Burma Government Medical School reports 1923-41
Year: 1923
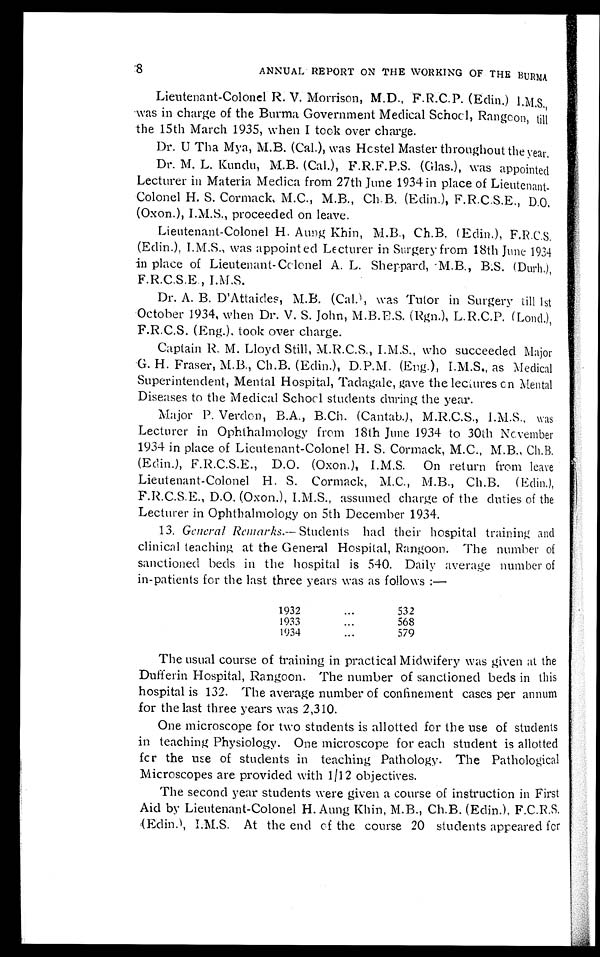
8
ANNUAL REPORT ON THE WORKING OF THE BURMA
Lieutenant-Colonel R. V.Morrison, M.D., F.R.C.P.(Edin.) I.M.S.,
was in charge of the Burma Government Medical School, Rangoon, till
the 15th March 1935, when I took over charge.
Dr. U Tha Mya, M.B. (Cal.), was Hostel Master throughout the year.
Dr. M. L. Kundu, M.B. (Cal.), F.R.F.P.S. (Glas.), was appointed
Lecturer in Materia Medica from 27th June 1934 in place of Lieutenant-
Colonel H. S. Cormack, M.C., M.B., Ch.B. (Edin.),F.R.C.S.E., D.O.
(Oxon.), I.M.S., proceeded on leave.
Lieutenant-Colonel H. Aung Khin, M.B., Ch.B. (Edin.),
(Edin.), I.M.S., was appointed Lecturer in Surgery from 18th June 1934
in place of Lieutenant-Colonel A. L. Sheppard, M.B., B.S. (Duch.),
F.R.C.S.E.,
Dr. A. B. D'Attaicles, M.B. (Cal., was Tutor in Surgery till 1st
October 1934, when Dr. V. S. John, M.B.B.S. (Rgn.), L.R.C.P. (Loud.),
F.R.C.S. (Eng.), took over charge.
Captain R. M. Lloyd Still, M.R.C.S., I.M.S., who succeeded Major
G.H.Fraser, M.B., Ch.B. (Edin.), D.P.M. (Eng.),I.M.S., as Medical
Superintendent, Mental Hospital, Tadagale, gave the lectures on Mental
Diseases to the Medical School students during the year.
Major P. Verdun, B.A., B.Ch. (Cantab.), M.R.C.S., I.M.S., was
Lecturer in Ophthalmology from 18th June 1934 to 30th November
1934 in place of Lieutenant-Colonel H. S. Cormack, M.C., M.B., Ch.B.
(Edin.), F.R.C.S.E., D.O. (Oxon.), I.M.S. On return from leave
Lieutenant-Colonel H. S. Cormack, M.C., M.B., Ch.B. (Edin.),
F.R.C.S.E., D.O. (Oxon.), 1.M.S., assumed charge of the duties of the
Lecturer in Ophthalmology on 5th December 1934.
13, General Remarks.— Students had their hospital training and
clinical teaching at the General Hospital, Rangoon. The number of
sanctioned beds in the hospital is 540. Daily average number of
in-patients for the last three years was as follows:—
1932
•••
532
1933
...
568
1934
...
579
The usual course of training in practical Midwifery was given at the
Dufferin Hospital, Rangoon. The number of sanctioned beds in this
hospital is 132. The average number of confinement cases per annum
for the last three years was 2,310.
One microscope for two students is allotted for the use of students
in teaching Physiology. One microscope for each student is allotted
for the use of students in teaching Pathology. The Pathological
Microscopes are provided with 1/12 objectives.
The second year students were given a course of instruction in First
Aid by Lieutenant-Colonel H. Aung Khin, M.B., Ch.B. (Edin.). F.C.R.S. (Edin.)
, I.M.S. At the end of the course 20 students appeared for